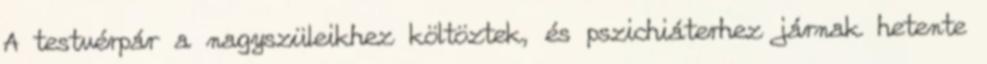
A testvérpár a nagyszüleikhez költöztek, és pszichiáterhez járnak hetente